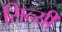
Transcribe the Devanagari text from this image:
सिन्यी